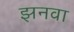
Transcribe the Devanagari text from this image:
झनवा